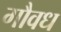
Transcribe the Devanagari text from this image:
गौवध